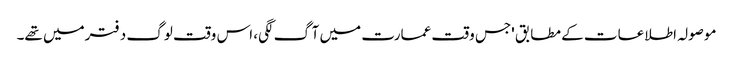
موصولہ اطلاعات کے مطابق 'جس وقت عمارت میں آگ لگی، اس وقت لوگ دفترمیں تھے۔